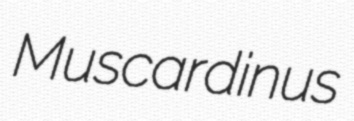
Muscardinus